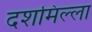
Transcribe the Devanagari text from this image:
दशमिल्ला